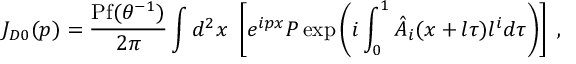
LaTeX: J _ { D 0 } ( p ) = \frac { \mathrm { P f } ( \theta ^ { - 1 } ) } { 2 \pi } \int d ^ { 2 } x ~ \left[ e ^ { i p x } P \exp \left( i \int _ { 0 } ^ { 1 } \hat { A } _ { i } ( x + l \tau ) l ^ { i } d \tau \right) \right] \; ,